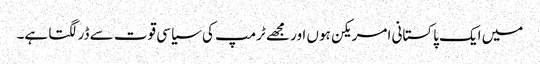
میں ایک پاکستانی امریکن ہوں اور مجھے ٹرمپ کی سیاسی قوت سے ڈر لگتا ہے۔